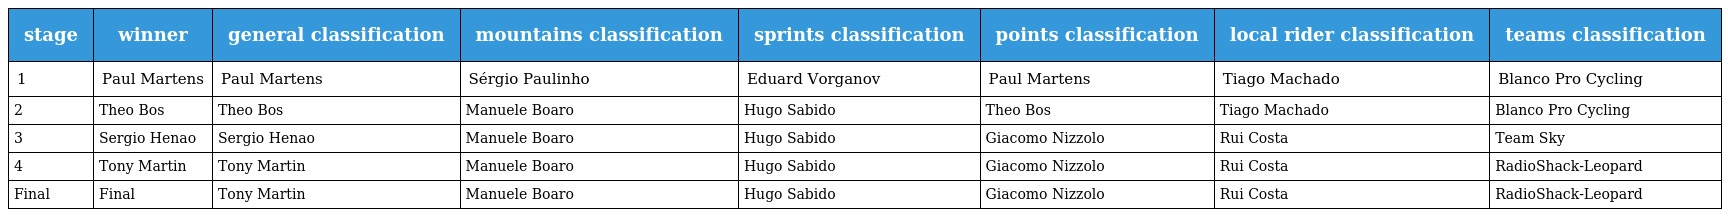
| stage | winner | general classification | mountains classification | sprints classification | points classification | local rider classification | teams classification |
 | --- | --- | --- | --- | --- | --- | --- | --- |
 | 1 | Paul Martens | Paul Martens | Sérgio Paulinho | Eduard Vorganov | Paul Martens | Tiago Machado | Blanco Pro Cycling |
 | 2 | Theo Bos | Theo Bos | Manuele Boaro | Hugo Sabido | Theo Bos | Tiago Machado | Blanco Pro Cycling |
 | 3 | Sergio Henao | Sergio Henao | Manuele Boaro | Hugo Sabido | Giacomo Nizzolo | Rui Costa | Team Sky |
 | 4 | Tony Martin | Tony Martin | Manuele Boaro | Hugo Sabido | Giacomo Nizzolo | Rui Costa | RadioShack-Leopard |
 | Final | Final | Tony Martin | Manuele Boaro | Hugo Sabido | Giacomo Nizzolo | Rui Costa | RadioShack-Leopard |